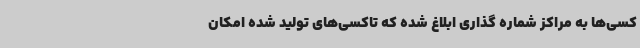
کسی‌ها به مراکز شماره گذاری ابلاغ شده که تاکسی‌های تولید شده امکان